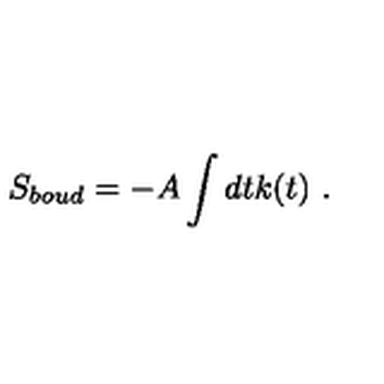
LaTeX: S _ { b o u d } = - A \int d t k ( t ) \ .